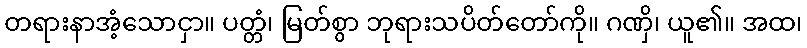
တရားနာအံ့သောငှာ။ ပတ္တံ၊ မြတ်စွာ ဘုရားသပိတ်တော်ကို။ ဂဏှိ၊ ယူ၏။ အထ၊